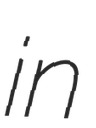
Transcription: in